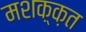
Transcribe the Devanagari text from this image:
मशक़्क़त